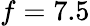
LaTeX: f=7.5